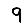
Digit: 9